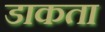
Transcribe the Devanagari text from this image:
डाकता